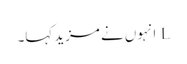
L انہوں نے مزید کہا۔